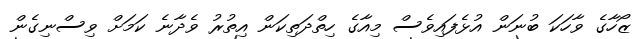
ޒޯހާގެ ވާހަކަ ބުނަން އުޅެފައިވެސް މިއާގެ ހިތްދަތިކަން އިތުރު ވެދާނެ ކަމަށް ވިސްނިގެން